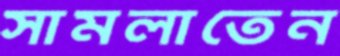
সামলাতেন